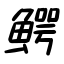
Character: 鰐